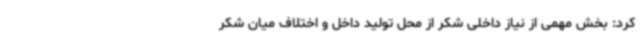
کرد: بخش مهمی از نیاز داخلی شکر از محل تولید داخل و اختلاف میان شکر